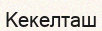
Кекелташ